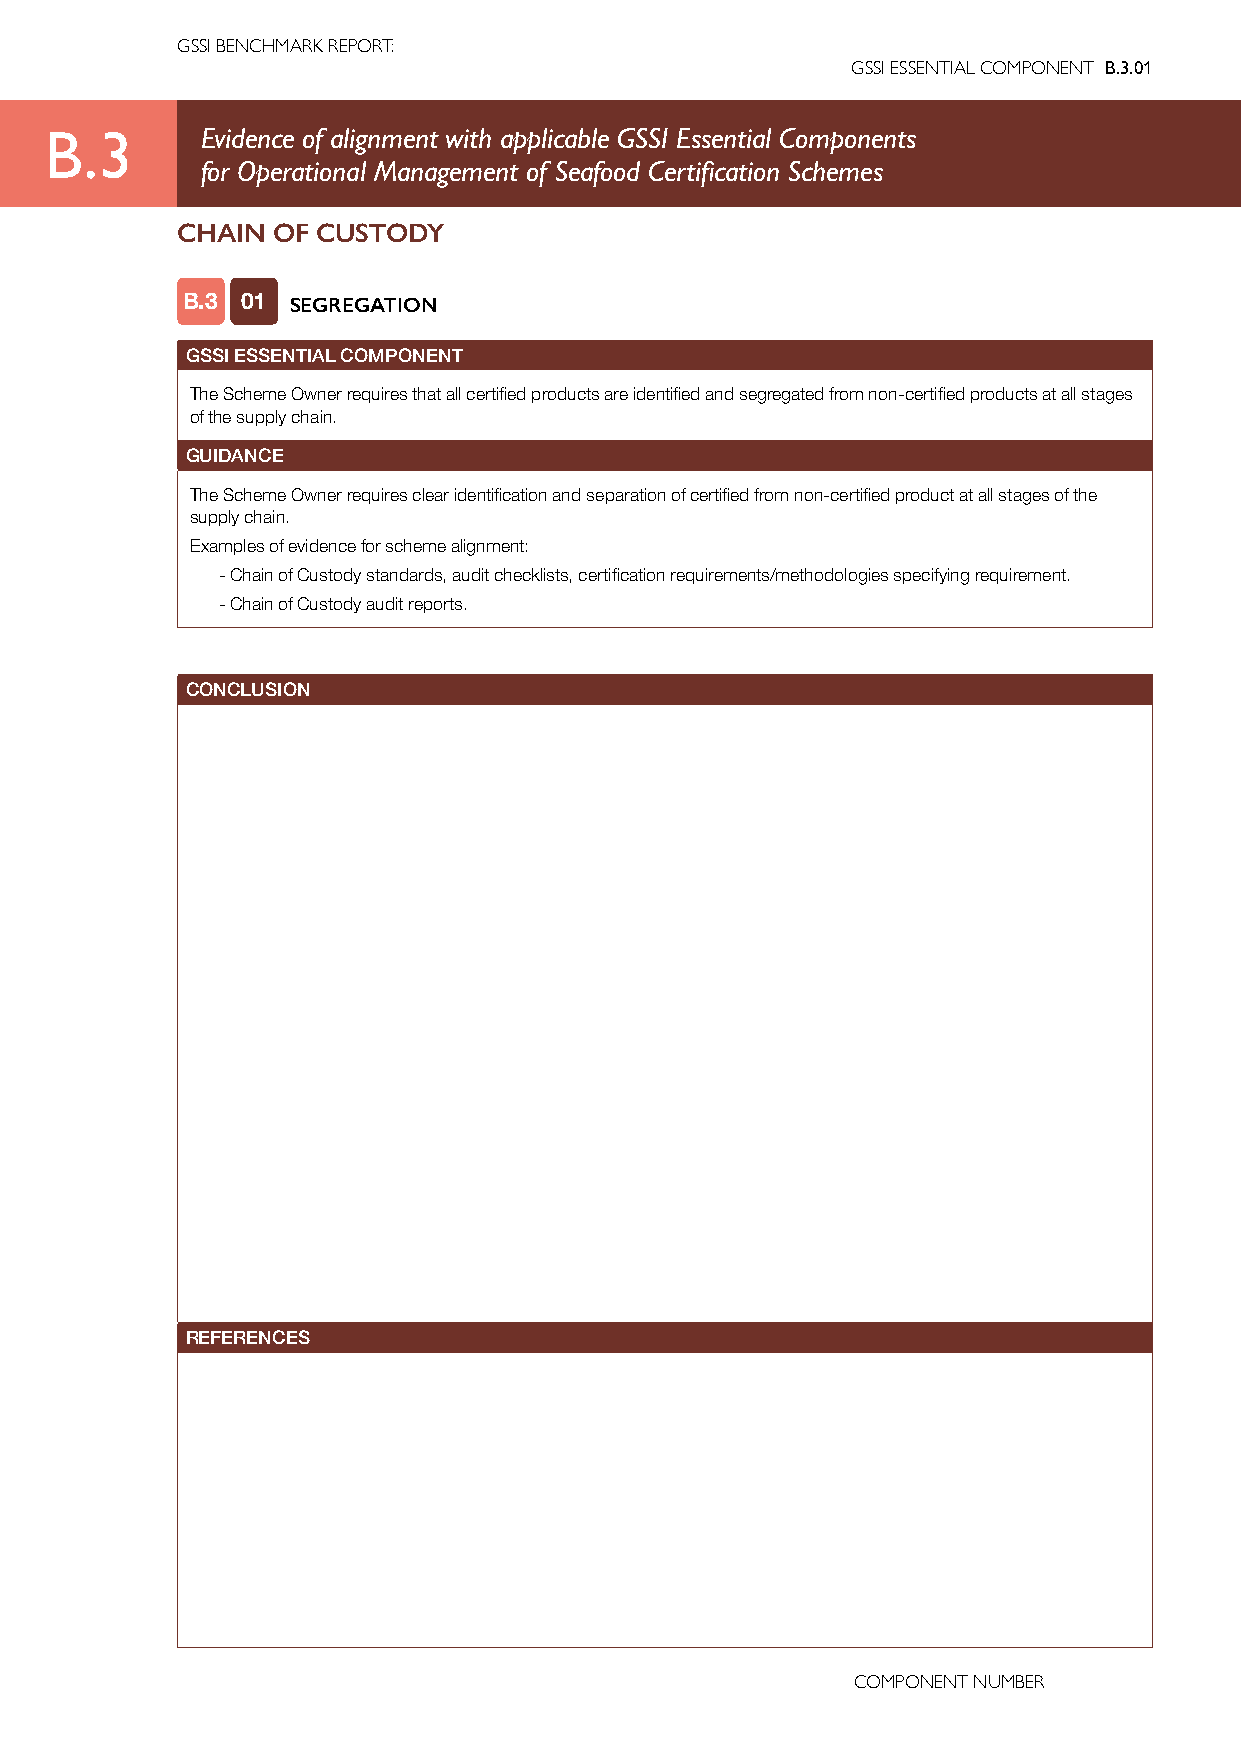
GSSI BENCHMARK REPORT:
 GSSI ESSENTIAL COMPONENT B.3.01
 B.3       Evidence of alignment with applicable GSSI Essential Components
 for Operational Management of Seafood Certification Schemes
 CHAIN OF CUSTODY
 B.3 01 SEGREGATION
 GSSI ESSENTIAL COMPONENT
 The Scheme Owner requires that all certified products are identified and segregated from non-certified products at all stages
 of the supply chain.
 GUIDANCE
 The Scheme Owner requires clear identification and separation of certified from non-certified product at all stages of the
 supply chain.
 Examples of evidence for scheme alignment:
 - Chain of Custody standards, audit checklists, certification requirements/methodologies specifying requirement.
 - Chain of Custody audit reports.
 CONCLUSION
 REFERENCES
 COMPONENT NUMBER